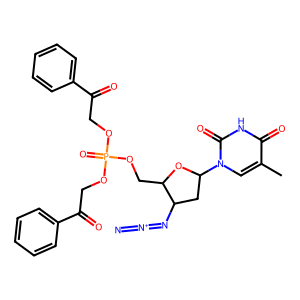
SMILES: Cc1cn(C2CC(N=[N+]=[N-])C(COP(=O)(OCC(=O)c3ccccc3)OCC(=O)c3ccccc3)O2)c(=O)[nH]c1=O
Inhibits HIV replication: Yes